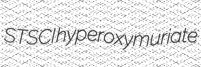
STSCI hyperoxymuriate